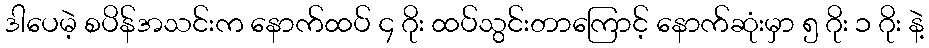
ဒါပေမဲ့ စပိန်အသင်းက နောက်ထပ် ၄ ဂိုး ထပ်သွင်းတာကြောင့် နောက်ဆုံးမှာ ၅ ဂိုး ၁ ဂိုး နဲ့